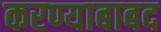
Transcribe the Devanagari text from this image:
करण्याबाबद